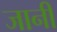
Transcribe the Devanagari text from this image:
जानीं